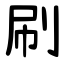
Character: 刷